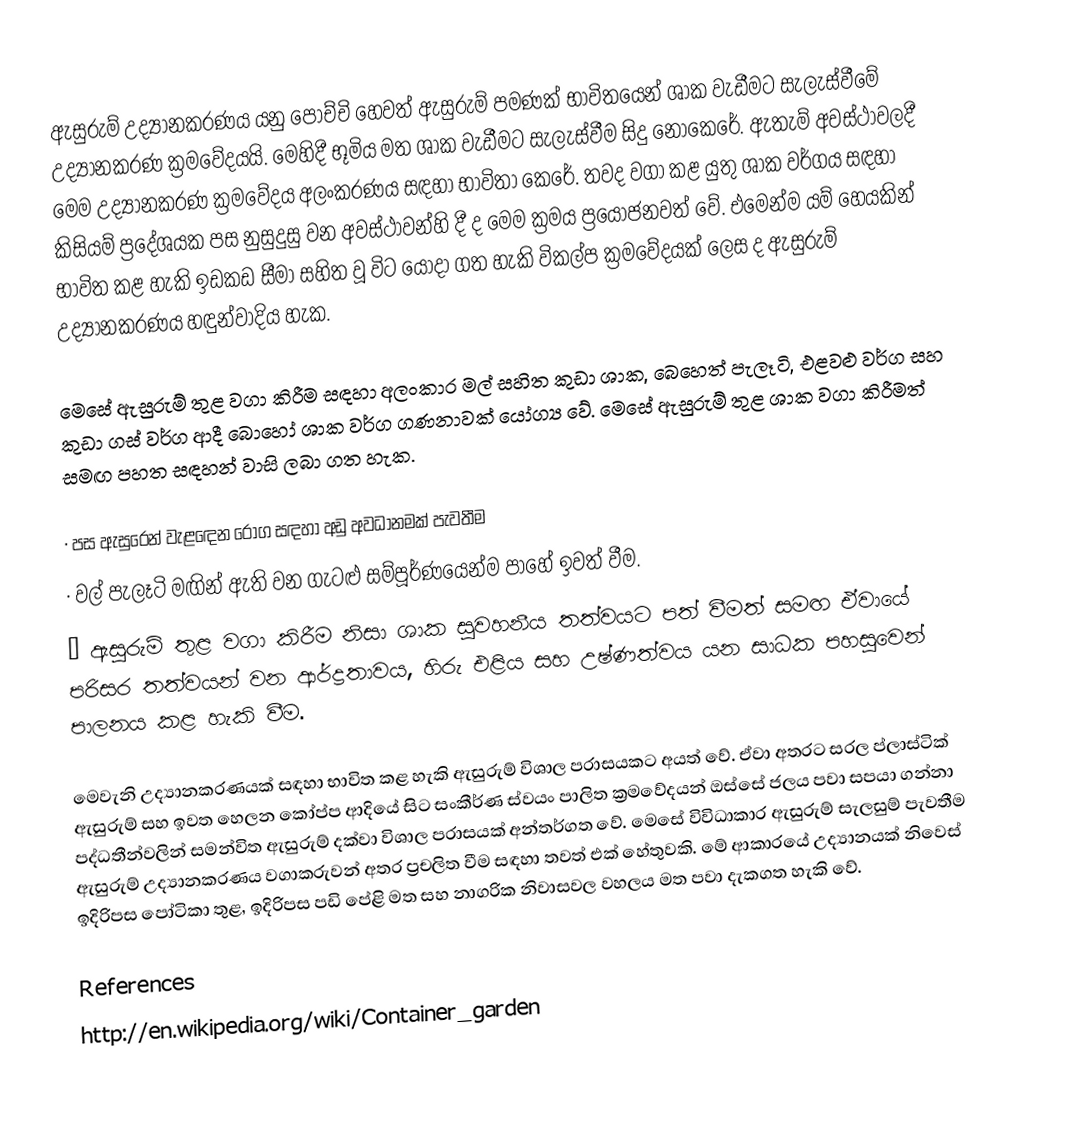
ඇසුරුම් උද්‍යානකරණය යනු පෝච්චි හෙවත් ඇසුරුම් පමණක් භාවිතයෙන් ශාක වැඩීමට සැලැස්වීමේ උද්‍යානකරණ ක්‍රමවේදයයි. මෙහිදී භූමිය මත ශාක වැඩීමට සැලැස්වීම සිදු නොකෙරේ. ඇතැම් අවස්ථාවලදී මෙම උද්‍යානකරණ ක්‍රමවේදය අලංකරණය සඳහා භාවිතා කෙරේ. තවද වගා කළ යුතු ශාක වර්ගය සඳහා කිසියම් ප්‍රදේශයක පස නුසුදුසු වන අවස්ථාවන්හි දී ද මෙම ක්‍රමය ප්‍රයෝජනවත් වේ. එමෙන්ම යම් හෙයකින් භාවිත කළ හැකි ඉඩකඩ සීමා සහිත වූ විට යොදා ගත හැකි විකල්ප ක්‍රමවේදයක් ලෙස ද ඇසුරුම් උද්‍යානකරණය හඳුන්වාදිය හැක.

මෙසේ ඇසුරුම් තුළ වගා කිරීම සඳහා අලංකාර මල් සහිත කුඩා ශාක, බෙහෙත් පැලෑටි, එළවළු වර්ග සහ කුඩා ගස් වර්ග ආදී බො‍හෝ ශාක වර්ග ගණනාවක් යෝග්‍ය වේ. මෙසේ ඇසුරුම් තුළ ශාක වගා කිරීමත් සමඟ පහත සඳහන් වාසි ලබා ගත හැක.

·	පස ඇසුරෙන් වැළඳෙන රෝග සඳහා අඩු අවධානමක් පැවතීම
·	වල් පැලෑටි මඟින් ඇති වන ගැටළු සම්පූර්ණයෙන්ම පාහේ ඉවත් වීම.
·	ඇසුරුම් තුළ වගා කිරීම නිසා ශාක සුවහනීය තත්වයට පත් වීමත් සමඟ ඒවායේ පරිසර තත්වයන් වන ආර්ද්‍රතාවය, හිරු එළිය සහ උෂ්ණත්වය යන සාධක පහසුවෙන් පාලනය කළ හැකි වීම.

මෙවැනි උද්‍යානකරණයක් සඳහා භාවිත කළ හැකි ඇසුරුම් විශාල පරාසයකට අයත් වේ. ඒවා අතරට සරල ප්ලාස්ටික් ඇසුරුම් සහ ඉවත හෙලන කෝප්ප ආදියේ සිට සංකීර්ණ ස්වයං පාලිත ක්‍රමවේදයන් ඔස්සේ ජලය පවා සපයා ගන්නා පද්ධතීන්වලින් සමන්විත ඇසුරුම් දක්වා විශාල පරාසයක් අන්තර්ගත වේ. මෙසේ විවිධාකාර ඇසුරුම් සැලසුම් පැවතීම ඇසුරුම් උද්‍යානකරණය වගාකරුවන් අතර ප්‍රචලිත වීම සඳහා තවත් එක් හේතුවකි. මේ ආකාරයේ උද්‍යානයක් නිවෙස් ඉදිරිපස පෝටිකා තුළ, ඉදිරිපස පඩි පේළි මත සහ නාගරික නිවාසවල වහලය මත පවා දැකගත හැකි වේ.

References
http://en.wikipedia.org/wiki/Container_garden